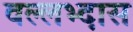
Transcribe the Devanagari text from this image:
वल्लभ्दास